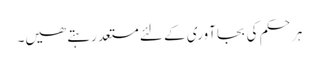
ہر حکم کی بجا آوری کے لئے مستعد رہتے ھیں۔